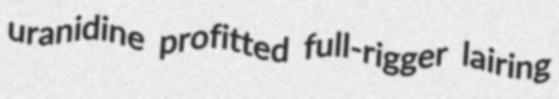
uranidine profitted full-rigger lairing